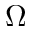
\boldsymbol { \Omega }